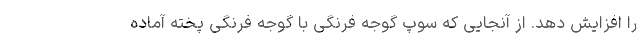
را افزایش دهد. از آنجایی که سوپ گوجه فرنگی با گوجه فرنگی پخته آماده